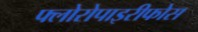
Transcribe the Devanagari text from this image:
फ्लोरोपाइरीफोस